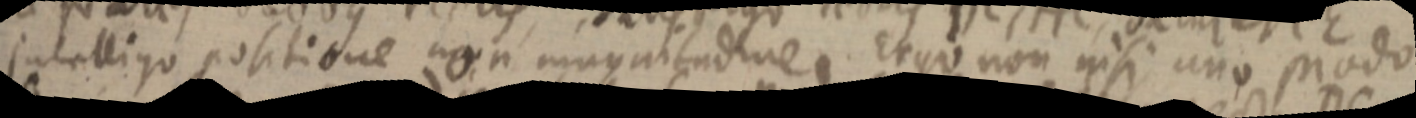
intelligo positione non magnitudine. Ergo non nisi uno modo